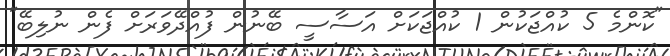
"ކޮންމެ 5 ކުއްޖަކުން 1 ކުއްޖަކަށް އަސާސީ ބޭނުން ފުއްދޭވަރަށް ފެން ނުލިބޭ"